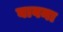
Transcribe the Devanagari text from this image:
बावना